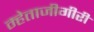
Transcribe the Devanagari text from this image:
म्हेताजीगीरी